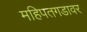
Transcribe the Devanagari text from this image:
महिपतगडावर